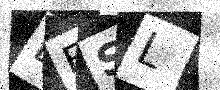
Text: EESL